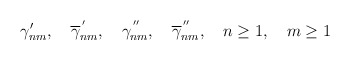
\begin{align*} \gamma'_{nm}, \quad \overline{\gamma}_{nm}^{\,'}, \quad {\gamma}_{nm}^{\,''}, \quad \overline{\gamma}_{nm}^{\,''}, \quad n\geq 1, \quad m\geq 1\end{align*}